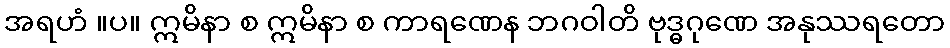
အရဟံ ။ပ။ ဣမိနာ စ ဣမိနာ စ ကာရဏေန ဘဂဝါတိ ဗုဒ္ဓဂုဏေ အနုဿရတော